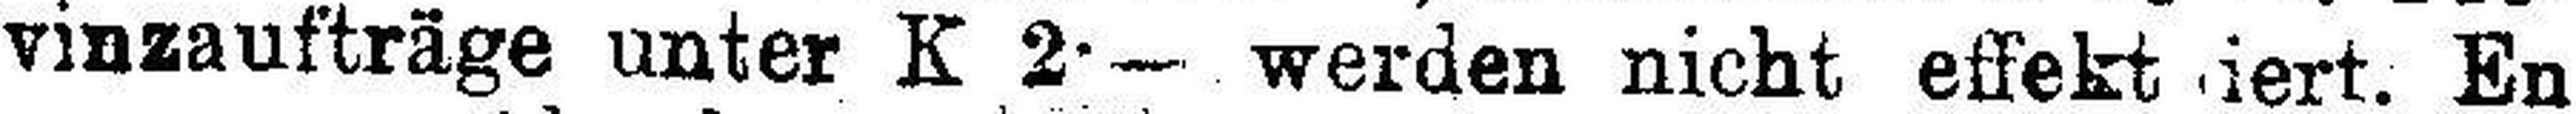
vinzaufträge unter K 2•— werden nicht effekt###iert. En